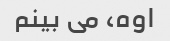
اوه، می بینم